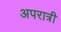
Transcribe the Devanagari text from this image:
अपरात्री